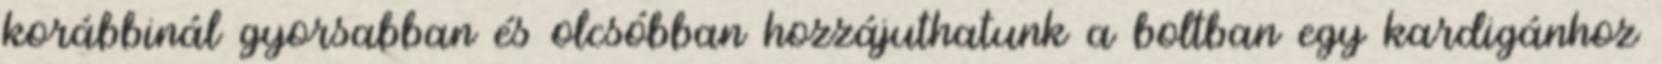
korábbinál gyorsabban és olcsóbban hozzájuthatunk a boltban egy kardigánhoz